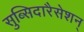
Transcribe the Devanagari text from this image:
सुब्सिदारैसेशन्